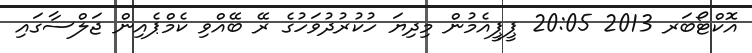
އޮކްޓޯބަރ 2013 20:05 ޕީޕީއެމުން މިދިޔަ ހުކުރުދުވަހުގެ ރޭ ބޭއްވި ކެމްޕެއިން ޖަލްސާގައި